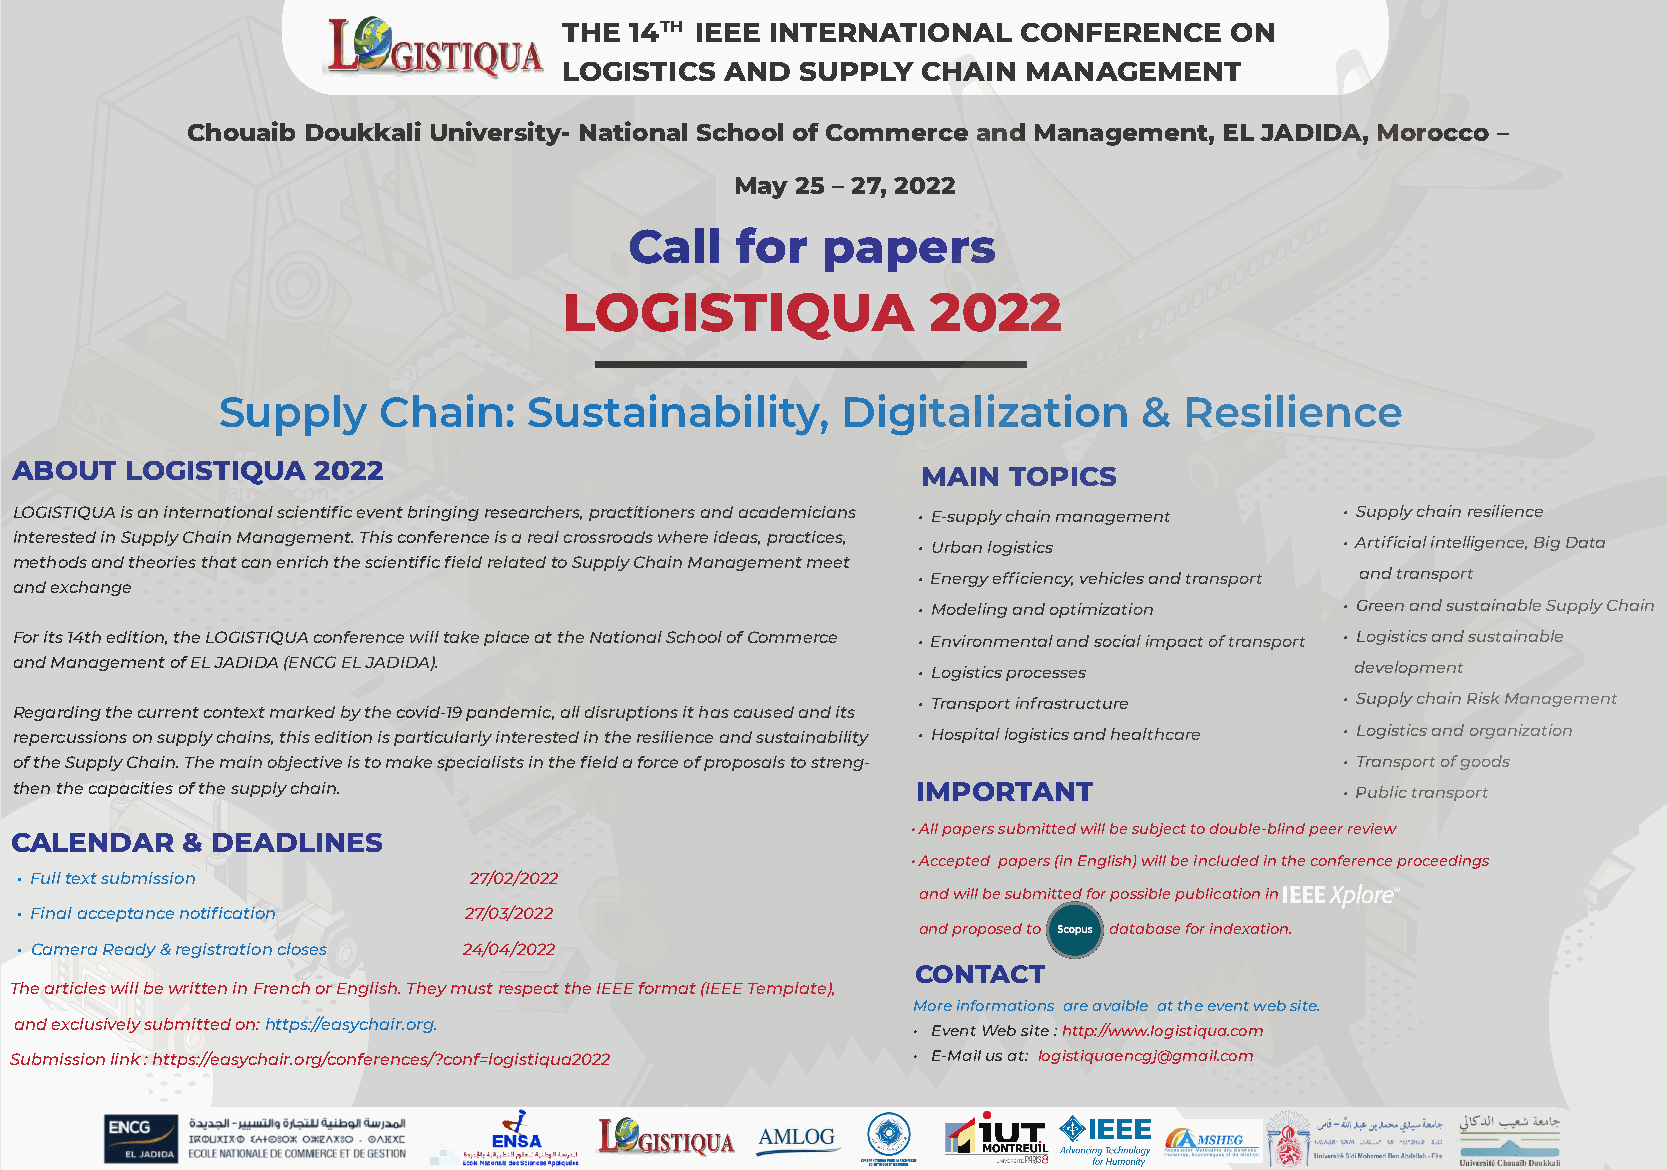
THE  14TH IEEE INTERNATIONAL  CONFERENCE    ON
 LOGISTICS  AND  SUPPLY  CHAIN  MANAGEMENT
 Chouaib Doukkali University- National School of Commerce and Management, EL JADIDA, Morocco –
 May 25 – 27, 2022
 Call   for  papers
 LOGISTIQUA               2022
 Lorem
 Supply     Chain:    Sustainability,      Digitalization      & Resilience
 ipsum
 dolor sit
 ABOUT  LOGISTIQUA   2022
 MAIN  TOPICS
 amet, con
 LOGISTIQUA is an international scientific event bringing researchers, practitioners and academicians • E-supply chain management • Supply chain resilience
 interested in Supply Chain Management. This conference is a real crossroads where ideas, practices, • Urban logistics • Artificial intelligence, Big Data
 methods and theories that can enrich the scientific field related to Supply Chain Management meet
 • Energy efficiency, vehicles and transport and transport
 and exchange
 • Modeling and optimization • Green and sustainable Supply Chain
 For its 14th edition, the LOGISTIQUA conference will take place at the National School of Commerce • Environmental and social impact of transport • Logistics and sustainable
 and Management of EL JADIDA (ENCG EL JADIDA).               • Logistics processes        development
 • Transport infrastructure  • Supply chain Risk Management
 Regarding the current context marked by the covid-19 pandemic, all disruptions it has caused and its
 repercussions on supply chains, this edition is particularly interested in the resilience and sustainability • Hospital logistics and healthcare • Logistics and organization
 of the Supply Chain. The main objective is to make specialists in the field a force of proposals to streng- • Transport of goods
 then the capacities of the supply chain.                    IMPORTANT                   • Public transport
 • All papers submitted will be subject to double-blind peer review
 CALENDAR   & DEADLINES
 • Accepted papers (in English) will be included in the conference proceedings
 • Full text submission        27/02/2022
 and will be submitted for possible publication in
 • Final acceptance notification 27/03/2022
 and proposed to database for indexation.
 • Camera Ready & registration closes 24/04/2022
 CONTACT
 The articles will be written in French or English. They must respect the IEEE format (IEEE Template),
 More informations are avaible at the event web site.
 and exclusively submitted on: https://easychair.org.
 • Event Web site : http://www.logistiqua.com
 Submission link : https://easychair.org/conferences/?conf=logistiqua2022 • E-Mail us at: logistiquaencgj@gmail.com